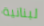
لبنانية